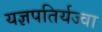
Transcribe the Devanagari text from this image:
यज्ञपतिर्यज्वा